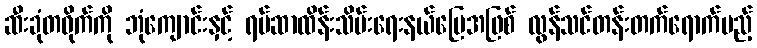
ဆီးခုံတဝိုက်ကို ဘုံကျောင်းနှင့် ရမ်ဆာထိန်းသိမ်းရေးနယ်မြေအဖြစ် လွန်သင်တန်းတက်ရောက်မည့်